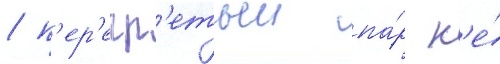
/ п'ер'егр'етыи па́р н'е́